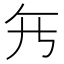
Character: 𱍺